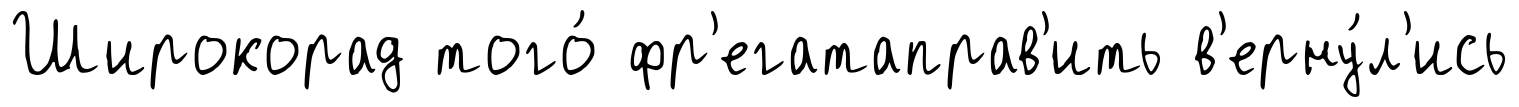
Широкорад того́ фр'егатаправ'ить в'ерну́л'ись